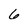
Character: 6